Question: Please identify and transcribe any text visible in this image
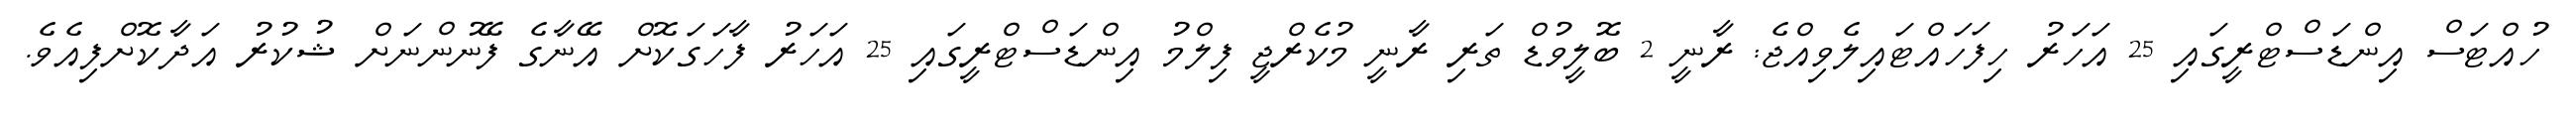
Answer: ހުއްޓަސް އިންޑަސްޓްރީގައި 25 އަހަރު ހިފަހައްޓައިލެވިއްޖެ: ރާނީ 2 ބޮލީވުޑް ތަރި ރާނީ މުކެރްޖީ ފިލްމު އިންޑަސްޓްރީގައި 25 އަހަރު ފާހަގަކޮށް އޭނާގެ ފޭނުންނަށް ޝުކުރު އަދާކޮށްފިއެވެ.